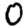
Digit: 0